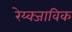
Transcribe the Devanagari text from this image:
रेय्क्जाविक